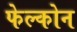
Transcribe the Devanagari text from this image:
फेल्कोन